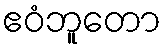
ဧဝံဘူတော